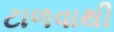
ટાળવાથી